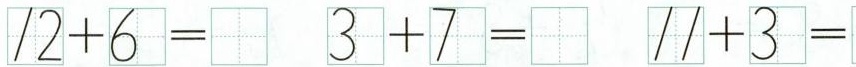
$$1 2 + 6 =$$ $$3 + 7 =$$ $$1 1 + 3 =$$